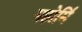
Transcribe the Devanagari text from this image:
महोर्मि